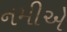
નમીએ